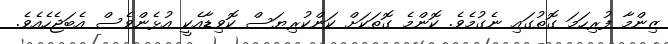
ޒިންމާ ފުރިހަމަ ގޮތުގައި ނެގުމެވެ. ކޮންމެ ގޮތަކަށް ކަންކުރިޔަސް ކޮވިޑާއެކީ އުޅެންވެސް އެބަޖެހެއެވެ.